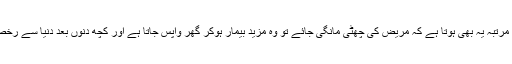
کئی مرتبہ یہ بھی ہوتا ہے کہ مریض کی چھٹی مانگی جائے تو وہ مزید بیمار ہوکر گھر واپس جاتا ہے اور کچھ دنوں بعد دنیا سے رخصتی۔